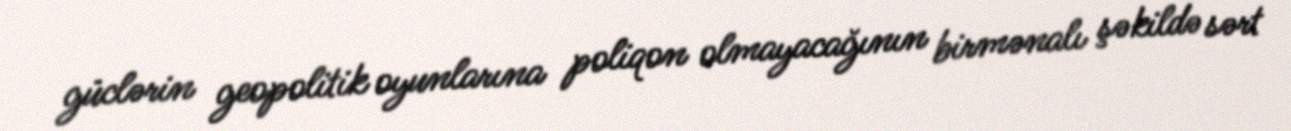
güclərin geopolitik oyunlarına poliqon olmayacağının birmənalı şəkildə sərt